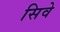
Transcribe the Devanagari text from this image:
सिवे